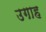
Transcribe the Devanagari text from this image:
उगाह